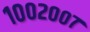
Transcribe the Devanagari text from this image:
१००२००७